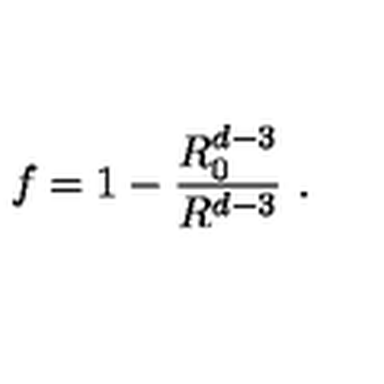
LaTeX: f = 1 - \frac { R _ { 0 } ^ { d - 3 } } { R ^ { d - 3 } } \ .